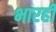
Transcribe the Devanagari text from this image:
भारही